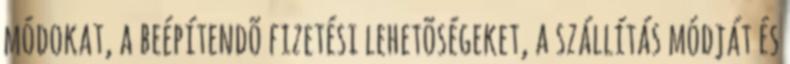
módokat, a beépítendõ fizetési lehetõségeket, a szállítás módját és